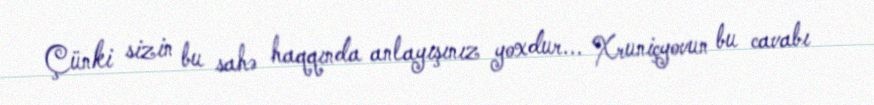
Çünki sizin bu sahə haqqında anlayışınız yoxdur... Xruniçyovun bu cavabı